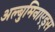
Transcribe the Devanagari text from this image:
अल्बुमिनाएड्स